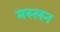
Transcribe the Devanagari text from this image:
मस्लन